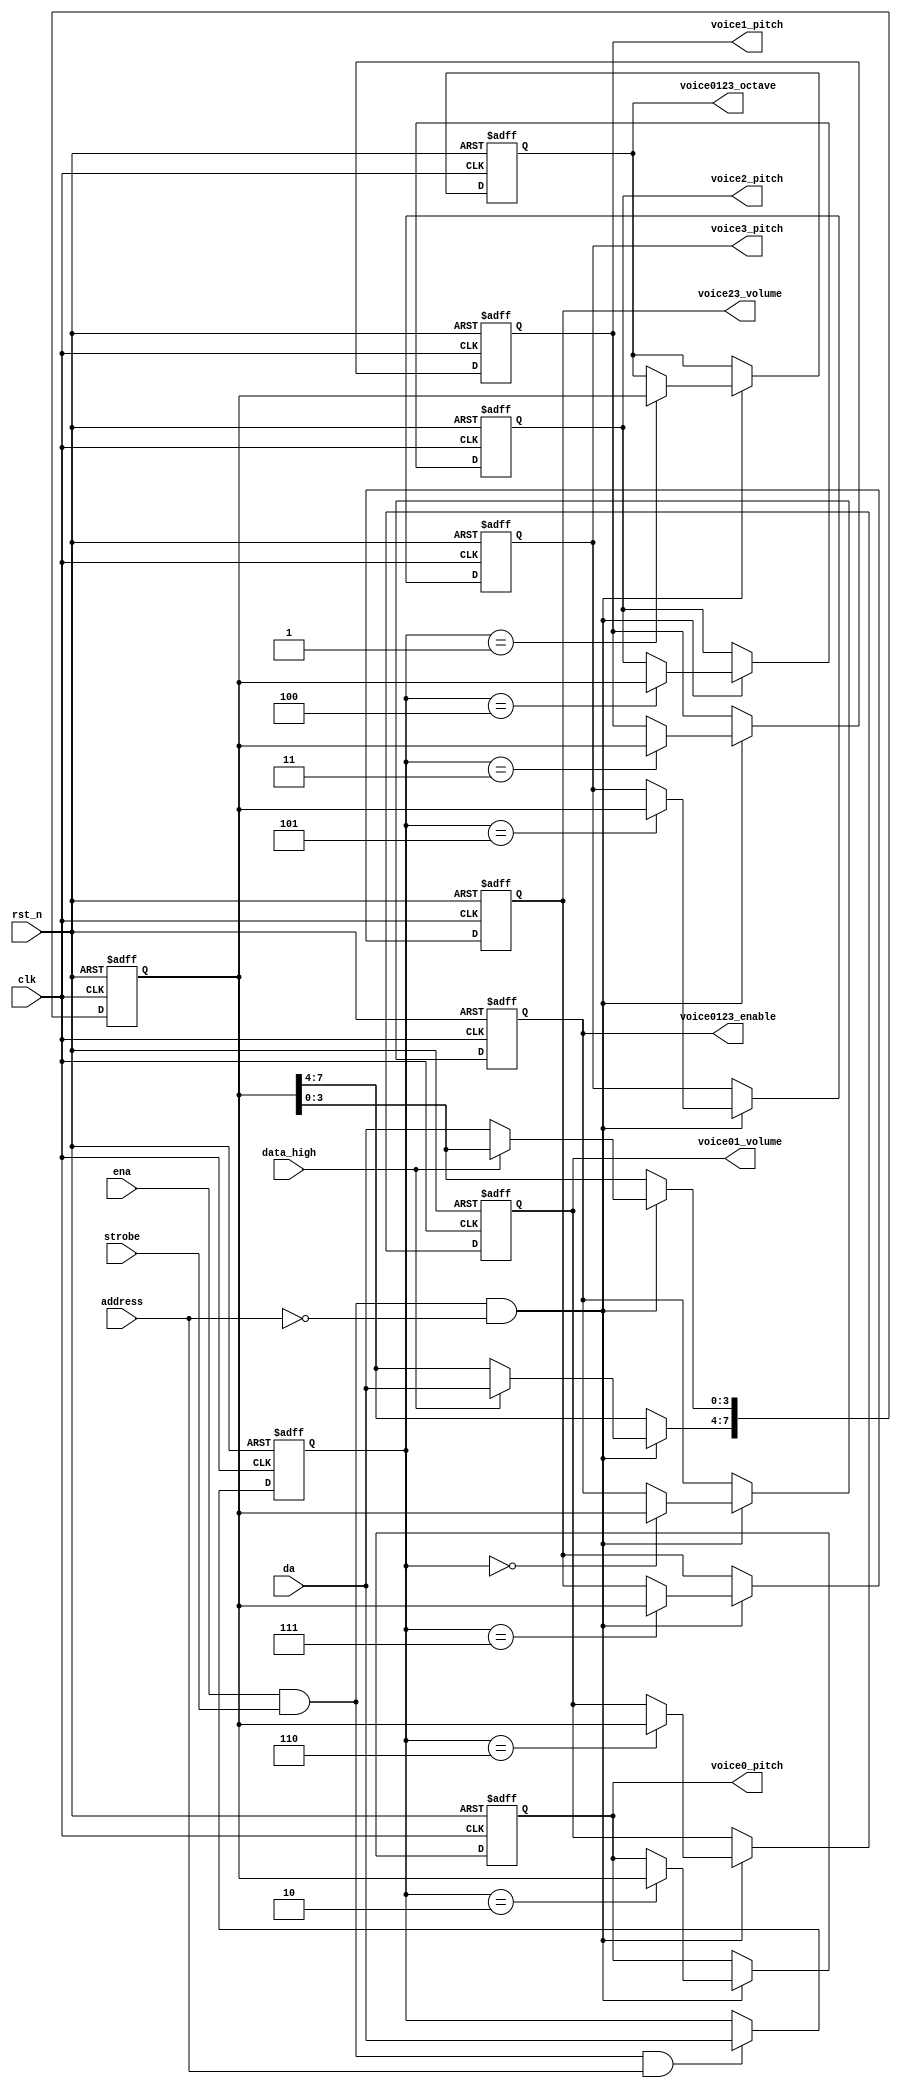
/*
 * Copyright (c) 2024 Roland Metivier
 * SPDX-License-Identifier: Apache-2.0
 */

`define default_netname none

/// The sound generator's control logic
module tt_um_accelshark_psg_control (
    input  wire       strobe,   // write a 4-bit nybble
    input  wire       address,  // high if it's an address bit
    input  wire       data_high,  // high if it's the high nybble
    input  wire [3:0] da,       // nybble input

    output wire [7:0] voice0123_enable,
    output wire [7:0] voice0123_octave,
    output wire [7:0] voice0_pitch,
    output wire [7:0] voice1_pitch,
    output wire [7:0] voice2_pitch,
    output wire [7:0] voice3_pitch,
    output wire [7:0] voice01_volume,
    output wire [7:0] voice23_volume,

    input  wire       ena,      // will go high when the design is enabled
    input  wire       clk,      // clock
    input  wire       rst_n     // reset_n - low to reset
);
    reg [3:0] r_current_address = 4'h0;
    reg [7:0] r_current_data = 8'h00;
    reg [7:0] r_voice0123_enable = 8'h00;
    reg [7:0] r_voice0123_octave = 8'h00;
    reg [7:0] r_voice0_pitch = 8'h00;
    reg [7:0] r_voice1_pitch = 8'h00;
    reg [7:0] r_voice2_pitch = 8'h00;
    reg [7:0] r_voice3_pitch = 8'h00;
    reg [7:0] r_voice01_volume = 8'h00;
    reg [7:0] r_voice23_volume = 8'h00;
    // ========================================================================
    // Write data nybble
    // ========================================================================
    always @(posedge clk or negedge rst_n) begin
        if(!rst_n)
            r_current_data <= 8'h00;
        else if(ena & strobe & !address) begin
            if(data_high)
                r_current_data[7:4] <= da;
            else
                r_current_data[3:0] <= da;
        end
    end
    // ========================================================================
    // Write address nybble
    // ========================================================================
    always @(posedge clk or negedge rst_n) begin
        if(!rst_n)
            r_current_address <= 4'h0;
        else if(ena & strobe & address)
            r_current_address <= da;
    end
    // ========================================================================
    // Write registers
    // ========================================================================
    always @(posedge clk or negedge rst_n) begin
        if(!rst_n) begin
            r_voice0123_enable <= 8'h00;
            r_voice0123_octave <= 8'h00;
            r_voice0_pitch <= 8'h00;
            r_voice1_pitch <= 8'h00;
            r_voice2_pitch <= 8'h00;
            r_voice3_pitch <= 8'h00;
            r_voice01_volume <= 8'h00;
            r_voice23_volume <= 8'h00;
        end else if(ena & strobe & !address) begin
            case (r_current_address)
                4'h0: r_voice0123_enable <= r_current_data;
                4'h1: r_voice0123_octave <= r_current_data;
                4'h2: r_voice0_pitch <= r_current_data;
                4'h3: r_voice1_pitch <= r_current_data;
                4'h4: r_voice2_pitch <= r_current_data;
                4'h5: r_voice3_pitch <= r_current_data;
                4'h6: r_voice01_volume <= r_current_data;
                4'h7: r_voice23_volume <= r_current_data;
                default: ; 
            endcase
        end
    end
    // ========================================================================
    // Out registers
    // ========================================================================
    assign voice0123_enable = r_voice0123_enable;
    assign voice0123_octave = r_voice0123_octave;
    assign voice0_pitch = r_voice0_pitch;
    assign voice1_pitch = r_voice1_pitch;
    assign voice2_pitch = r_voice2_pitch;
    assign voice3_pitch = r_voice3_pitch;
    assign voice01_volume = r_voice01_volume;
    assign voice23_volume = r_voice23_volume;
endmodule